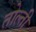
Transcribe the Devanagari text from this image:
तोल्ती